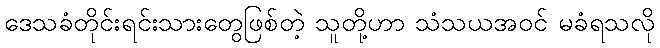
ဒေသခံတိုင်းရင်းသားတွေဖြစ်တဲ့ သူတို့ဟာ သံသယအဝင် မခံရသလို